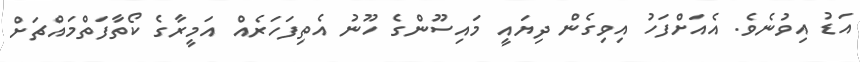
އަޑު އިވުނެވެ. އެއަށްފަހު އިވިގެން ދިޔައީ މައިސޫންގެ ހޫނު އެތިފަހަރެއް އަމީރާގެ ކޯތާފަތްމައްޗަށް